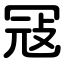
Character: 冦